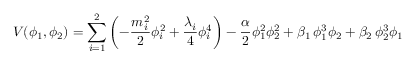
V ( \phi _ { 1 } , \phi _ { 2 } ) = \sum _ { i = 1 } ^ { 2 } \left( - { \frac { m _ { i } ^ { 2 } } { 2 } } \phi _ { i } ^ { 2 } + { \frac { \lambda _ { i } } { 4 } } \phi _ { i } ^ { 4 } \right) - { \frac { \alpha } { 2 } } \phi _ { 1 } ^ { 2 } \phi _ { 2 } ^ { 2 } + \beta _ { 1 } \, \phi _ { 1 } ^ { 3 } \phi _ { 2 } + \beta _ { 2 } \, \phi _ { 2 } ^ { 3 } \phi _ { 1 }